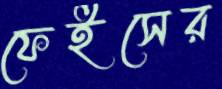
ফেইসের